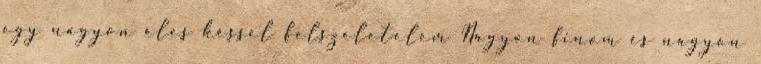
egy nagyon éles késsel felszeletelem Nagyon finom és nagyon